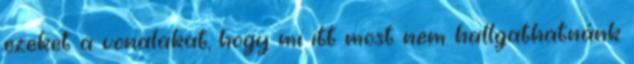
ezeket a vonalakat, hogy mi itt most nem hallgathatnánk